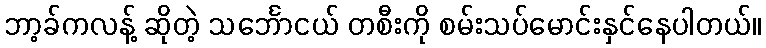
ဘာ့ခ်ကလန့် ဆိုတဲ့ သင်္ဘောငယ် တစီးကို စမ်းသပ်မောင်းနှင်နေပါတယ်။